Indian journal of veterinary science and animal husbandry - Volume 1,
Year: 1931
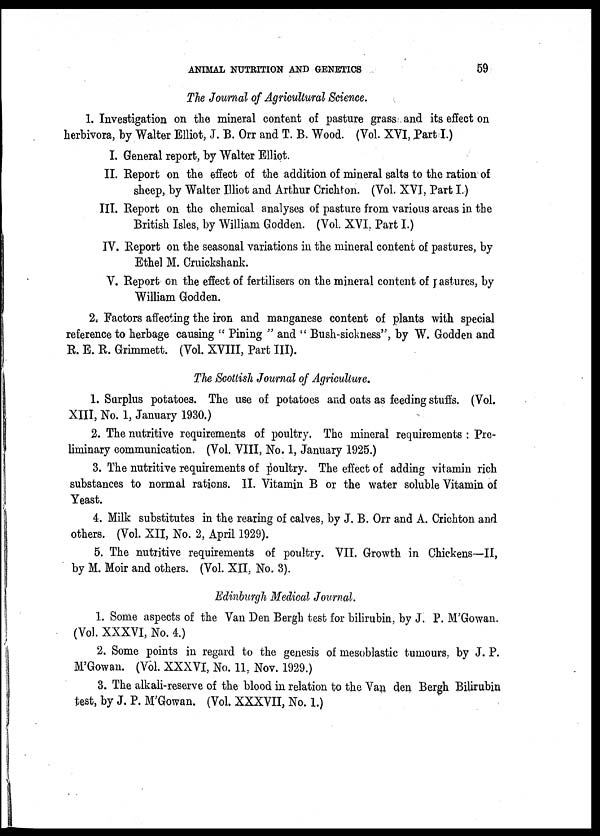
ANIMAL NUTRITION AND GENETICS 59
The Journal of Agricultural Science.
1. Investigation on the mineral content of pasture grass and its effect on
herbivora, by Walter Elliot, J. B. Orr and T. B. Wood. (Vol. XVI, Part I.)
I. General report, by Walter Elliot.
II. Report on the effect of the addition of mineral salts to the ration of
sheep, by Walter Illiot and Arthur Crichton. (Vol. XVI, Part I.)
III. Report on the chemical analyses of pasture from various areas in the
British Isles, by William Godden. (Vol. XVI. Part I.)
IV. Report on the seasonal variations in the mineral content of pastures, by
Ethel M. Cruickshank.
V. Report on the effect of fertilisers on the mineral content of pastures, by
William Godden.
2. Factors affecting the iron and manganese content of plants with special
reference to herbage causing " Pining " and " Bush-sickness", by W. Godden and
R. E. R. Grimmett. (Vol. XVIII, Part III).
The Scottish Journal of Agriculture.
1. Surplus potatoes. The use of potatoes and oats as feeding stuffs. (Vol.
XIII, No. 1, January 1930.)
2. The nutritive requirements of poultry. The mineral requirements : Pre-
liminary communication. (Vol. VIII, No. 1, January 1925.)
3. The nutritive requirements of poultry. The effect of adding vitamin rich
substances to normal rations. II. Vitamin B or the water soluble Vitamin of
Yeast.
4. Milk substitutes in the rearing of calves, by J. B. Orr and A. Crichton and
others. (Vol. XII, No. 2, April 1929).
5. The nutritive requirements of poultry. VII. Growth in Chickens—II,
by M. Moir and others. (Vol. XII, No. 3).
Edinburgh Medical Journal.
1. Some aspects of the Van Den Bergh test for bilirubin, by J. P. M'Gowan.
(Vol. XXXVI, No. 4.)
2. Some points in regard to the genesis of mesoblastic tumours, by J. P.
M'Gowan. (Vol. XXXVI, No. 11, Nov. 1929.)
3. The alkali-reserve of the blood in relation to the Van den Bergh Bilirubin
test, by J. P. M'Gowan. (Vol. XXXVII, No. 1.)